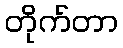
တိုက်တာ